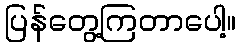
ပြန်တွေ့ကြတာပေါ့။